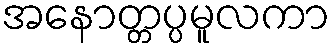
အနောတ္တပ္ပမူလကာ